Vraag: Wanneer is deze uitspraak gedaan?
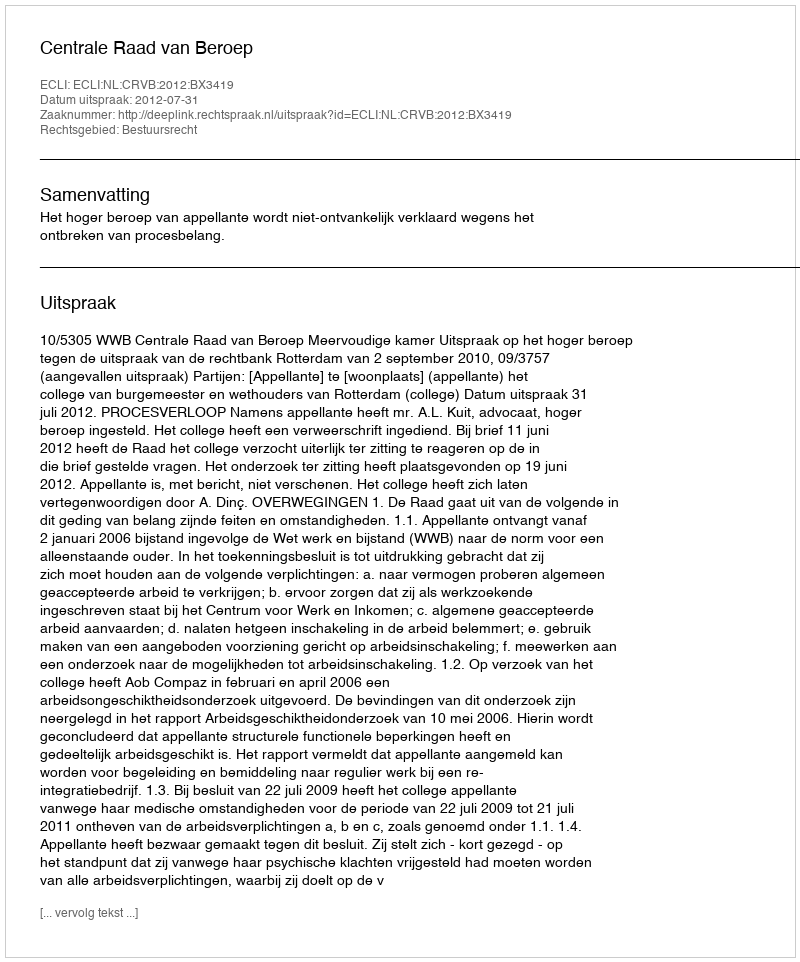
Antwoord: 2012-07-31